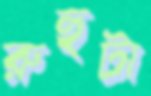
রুহুটা